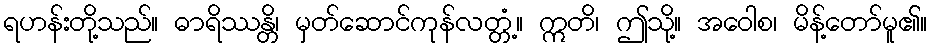
ရဟန်းတို့သည်။ ဓာရိဿန္တိ၊ မှတ်ဆောင်ကုန်လတ္တံ့။ ဣတိ၊ ဤသို့။ အဝေါစ၊ မိန့်တော်မူ၏။